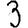
Digit: 3